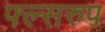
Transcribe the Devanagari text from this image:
फ्ल्सरुप